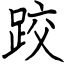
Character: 跤